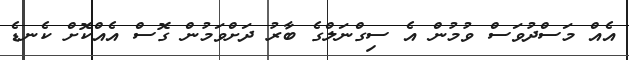
އެއް މަސްދުވަސް ވުމުން އެ ސިގްނަލްގެ ބާރު ދަށްވަމުން ގޮސް އެއްކޮށް ކެނޑެ